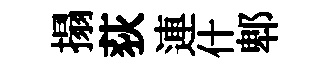
搨荻連什郫